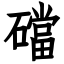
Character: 礑